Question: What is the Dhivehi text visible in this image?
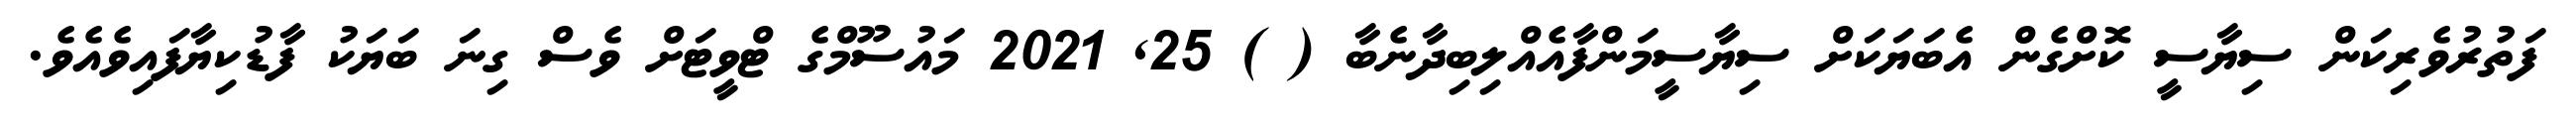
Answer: ފަތުރުވެރިކަން ސިޔާސީ ކޮށްގެން އެބަޔަކަށް ސިޔާސީމަންފާއެއްލިބިދާނެބާ ( ) 25, 2021 މައުސޫމްގެ ޓްވީޓަށް ވެސް ގިނަ ބަޔަކު ފާޑުކިޔާފައިވެއެވެ.